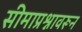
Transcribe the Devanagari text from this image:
सीमाप्रश्नावरून